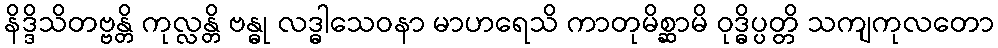
နိဒ္ဒိသိတဗ္ဗန္တိ ကုလ္လန္တိ ဗန္ဓု လဒ္ဓါသေဝနာ မာဟရေသိ ကာတုမိစ္ဆာမိ ဝုဒ္ဓိပ္ပတ္တိ သကျကုလတော